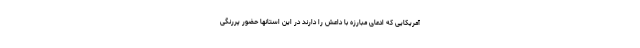
آمریکایی که ادعای مبارزه با داعش را دارند در این استانها حضور پررنگی